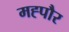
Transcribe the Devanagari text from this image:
मह्पौर